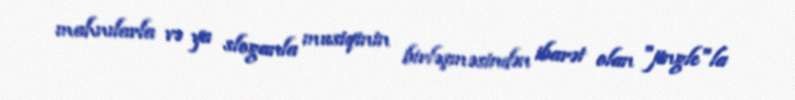
mahnılarla və ya sloganla musiqinin birləşməsindən ibarət olan "jingle"la